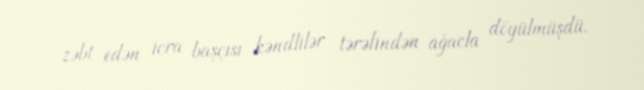
zəbt edən icra başçısı kəndlilər tərəfindən ağacla döyülmüşdü.